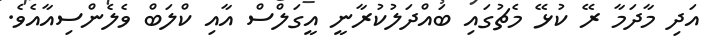
އަދި މާދަމާ ރޭ ކުޅޭ މެޗުގައި ބައްދަލުކުރާނީ އީގަލްސް އާއި ކްލަބް ވެލެންސިއާއެވެ.